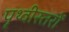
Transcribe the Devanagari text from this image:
पृथ्वीस्तरों